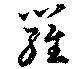
羅